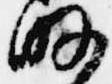
略